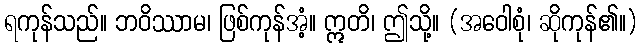
ရကုန်သည်။ ဘဝိဿာမ၊ ဖြစ်ကုန်အံ့။ ဣတိ၊ ဤသို့။ (အဝေါစုံ၊ ဆိုကုန်၏။)